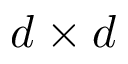
d \times d